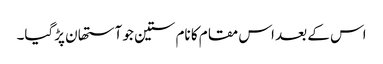
اس کے بعد اس مقام کا نام ستین جو آستھان پڑگیا۔